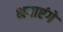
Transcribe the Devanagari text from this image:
भगाएंगे